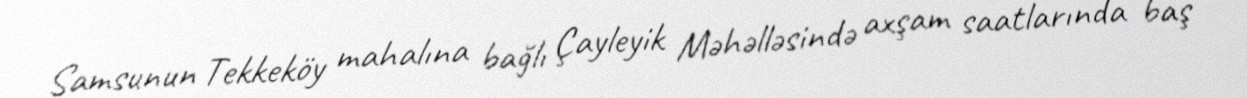
Samsunun Tekkeköy mahalına bağlı Çayleyik Məhəlləsində axşam saatlarında baş